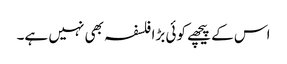
اس کے پیچھے کوئی بڑا فلسفہ بھی نہیں ہے۔